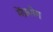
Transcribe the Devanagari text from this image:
मेंप्रयोग